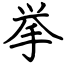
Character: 挙